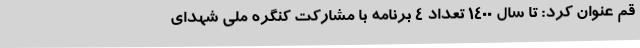
قم عنوان کرد: تا سال 1400 تعداد 4 برنامه با مشارکت کنگره ملی شهدای